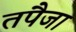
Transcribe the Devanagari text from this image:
तपैजा